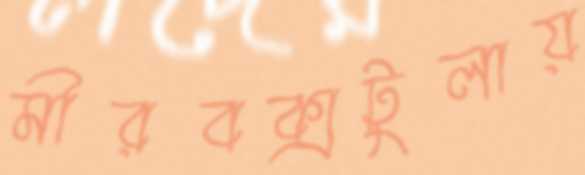
মীরবক্সটুলায়